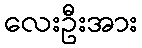
လေးဦးအား